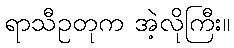
ရာသီဥတုက အဲ့လိုကြီး။